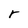
Character: r